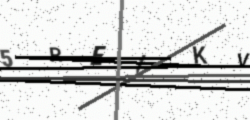
Text: 5REIKV